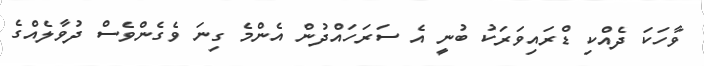
ވާހަކަ ދެއްކި ޑްރައިވަރަކު ބުނީ އެ ސަރަހައްދުން އެންމެ ގިނަ ވެގެންވެސް ދުވާލެއްގެ